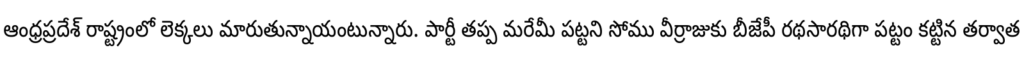
ఆంధ్రప్రదేశ్ రాష్ట్రంలో లెక్కలు మారుతున్నాయంటున్నారు. పార్టీ తప్ప మరేమీ పట్టని సోము వీర్రాజుకు బీజేపీ రథసారథిగా పట్టం కట్టిన తర్వాత